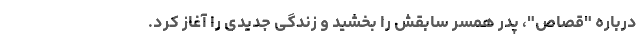
درباره "قصاص"، پدر همسر سابقش را بخشید و زندگی جدیدی را آغاز کرد.